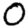
Digit: 0